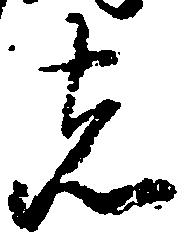
者